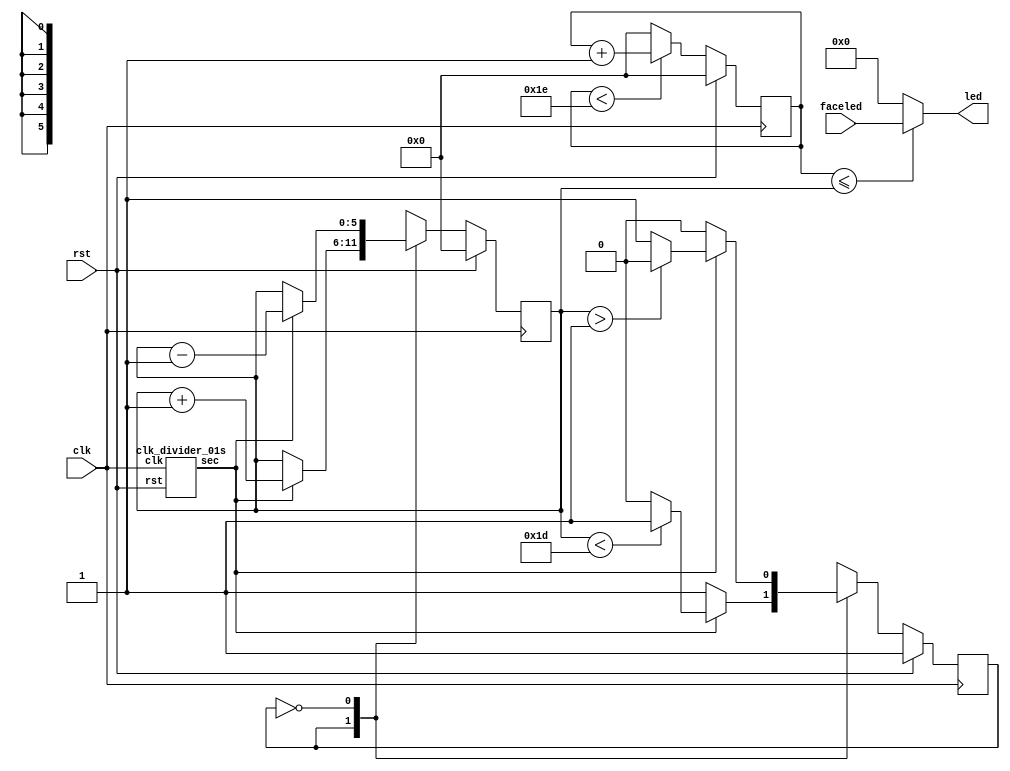
module dim(
    input clk,
    input rst,
    input [15:0]faceled,
    output reg[15:0] led
);
    wire sec0_1;
    clk_divider_01s m1(clk,rst,sec0_1);
    reg[5:0] bounder,nxtbounder;
    reg[5:0] counter,nxtcounter;
    reg countstate,nxtcounter_state;
    parameter upper_bound = 30;
    parameter lower_bound = 0;
    parameter counterup = 1;
    parameter counterdown = 0;
    always@(posedge clk)begin
        if (rst) begin
            bounder<=lower_bound;     
            counter<=lower_bound;     
            countstate<=counterup;
        end else begin
            bounder<=nxtbounder;
            counter<=nxtcounter;
            countstate<=nxtcounter_state;
        end
    end
    always @(*) begin
        case (countstate)
            counterup:begin
                if (sec0_1) begin
                    if(bounder<upper_bound-1)begin
                        nxtbounder=bounder+1; 
                        nxtcounter_state=countstate;
                    end else begin
                        nxtbounder=bounder+1;
                        nxtcounter_state=counterdown;
                    end
                end else begin
                    nxtbounder=bounder;
                    nxtcounter_state=countstate;
                end
            end
            counterdown:begin
                if (sec0_1) begin//0<=bounder<50
                    if(bounder>lower_bound+1)begin
                        nxtbounder=bounder-1;
                        nxtcounter_state=countstate;
                    end else begin
                        nxtbounder=bounder-1;
                        nxtcounter_state=counterup;
                    end
                end else begin
                    nxtbounder=bounder;
                    nxtcounter_state=countstate;
                end
            end
            default:begin
                nxtbounder=bounder;
                nxtcounter_state=countstate;
            end
        endcase
        
        if (counter<upper_bound) begin
            nxtcounter=counter+1;
        end else begin
            nxtcounter=lower_bound; 
        end
        
        if (counter<=bounder) begin//////
            led=faceled;
        end else begin
            led=16'b0;
        end
    end
endmodule // dim

module clk_divider_01s(clk,rst,sec);
    input clk,rst;
    output sec;
    reg[27-1:0] tmp,nxttmp;
    reg sec,nxt_sec;
    always @(posedge clk) begin
        if (rst) begin
            sec<=0;
            tmp<=0;
        end else begin
            sec<=nxt_sec;
            tmp<=nxttmp;
        end
    end
    always@(*)begin
        nxttmp=(tmp==27'd5000000-1)?0:tmp+1;
        nxt_sec=(tmp==((27'd5000000)/2))?1:0;
    end
endmodule